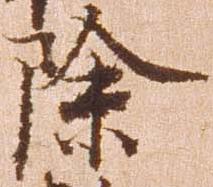
除